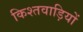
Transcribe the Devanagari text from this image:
किश्तवाड़ियों